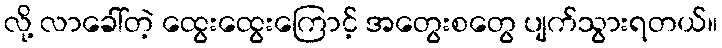
လို့ လာခေါ်တဲ့ ထွေးထွေးကြောင့် အတွေးစတွေ ပျက်သွားရတယ်။